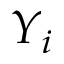
Y _ { i }